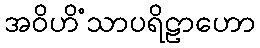
အဝိဟိံသာပရိဠာဟော